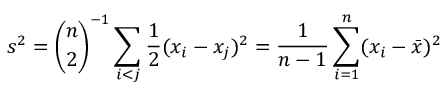
s ^ { 2 } = { \binom { n } { 2 } } ^ { - 1 } \sum _ { i < j } { \frac { 1 } { 2 } } ( x _ { i } - x _ { j } ) ^ { 2 } = { \frac { 1 } { n - 1 } } \sum _ { i = 1 } ^ { n } ( x _ { i } - { \bar { x } } ) ^ { 2 }